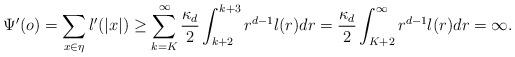
LaTeX: \begin{align*}\Psi'(o)=\sum_{x\in \eta}l'(|x|)\geq \sum_{k=K}^\infty \frac{\kappa_d}{2}\int_{k+2}^{k+3}r^{d-1}l(r)dr=\frac{\kappa_d}{2}\int_{K+2}^{\infty}r^{d-1}l(r)dr=\infty.\end{align*}